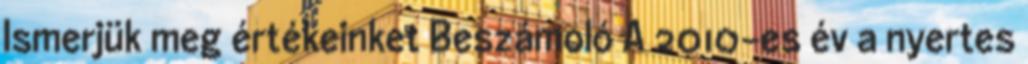
Ismerjük meg értékeinket Beszámoló A 2010-es év a nyertes